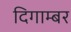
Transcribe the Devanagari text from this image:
दिगाम्बर